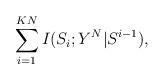
LaTeX: \begin{align*} \sum_{i = 1}^{KN} I(S_i;Y^N|S^{i-1}),\end{align*}